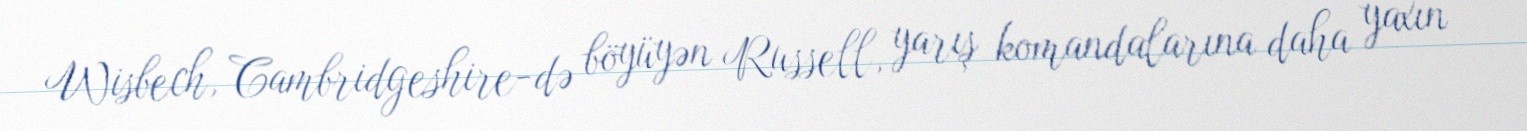
Wisbech, Cambridgeshire-də böyüyən Russell, yarış komandalarına daha yaxın